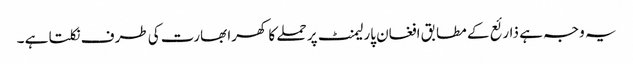
یہ وجہ ہے ذارئع کے مطابق افغان پارلیمنٹ پر حملے کا کھرا بھارت کی طرف نکلتا ہے ۔